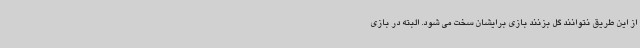
از این طریق نتوانند گل بزنند بازی برایشان سخت می شود. البته در بازی